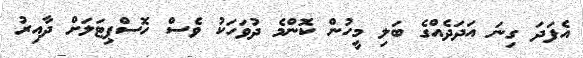
އެފަދަ ގިނަ އަދަދެއްގެ ބަލި މީހުން ކޮންމެ ދުވަހަކު ވެސް ހޮސްޕިޓަލަށް ދާއިރު